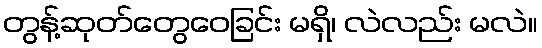
တွန့်ဆုတ်တွေဝေခြင်း မရှိ၊ လဲလည်း မလဲ။